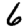
Digit: 6